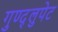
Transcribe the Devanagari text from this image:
गुण्द्लुपेट